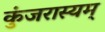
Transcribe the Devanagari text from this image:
कुंजरास्यम्